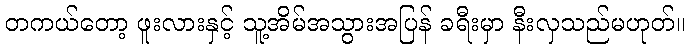
တကယ်တော့ ဖူးလားနှင့် သူ့အိမ်အသွားအပြန် ခရီးမှာ နီးလှသည်မဟုတ်။